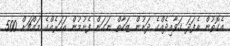
އެގޮތުން އެފަދަ ގަވާއިދެއްގެ ދަށުން ޒަކާތް ނަގަން ފެށުމުން އަހަރެއްގެ މައްޗަށް 500